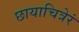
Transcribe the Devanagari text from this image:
छायाचित्रेरं